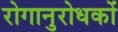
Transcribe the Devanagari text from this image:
रोगानुरोधकों